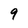
Character: 9